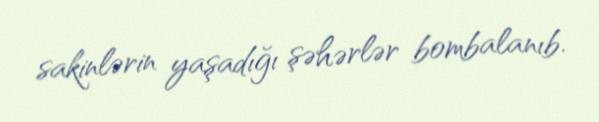
sakinlərin yaşadığı şəhərlər bombalanıb.